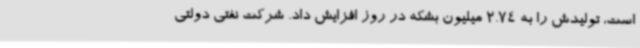
است، تولیدش را به 2.74 میلیون بشکه در روز افزایش داد. شرکت نفتی دولتی